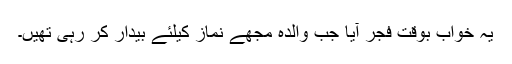
یہ خواب بوقت فجر آیا جب والدہ مجھے نماز کیلئے بیدار کر رہی تھیں۔